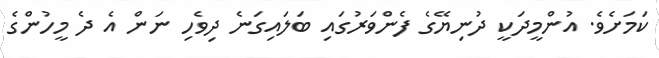
ކަމަށެވެ. އުންމީދަކީ ދުނިޔޭގެ ފެންވަރުގައި ބަލައިގަނެ ދިވެހި ނަން އެ ދެ މީހުންގެ